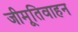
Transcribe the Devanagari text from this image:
जीमूतिवाहन